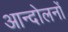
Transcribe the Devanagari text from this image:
आन्दोलनोंं